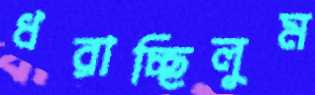
ধরাচ্ছিলুম